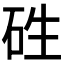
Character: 𥑥